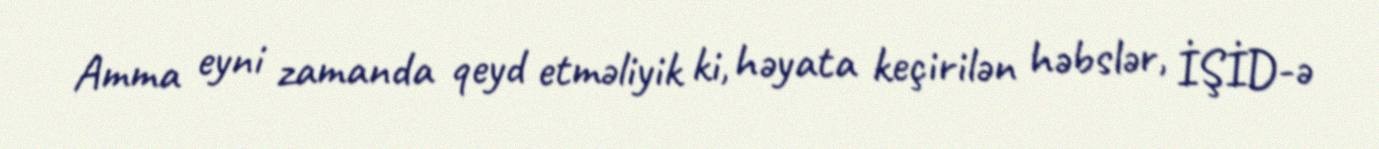
Amma eyni zamanda qeyd etməliyik ki, həyata keçirilən həbslər, İŞİD-ə